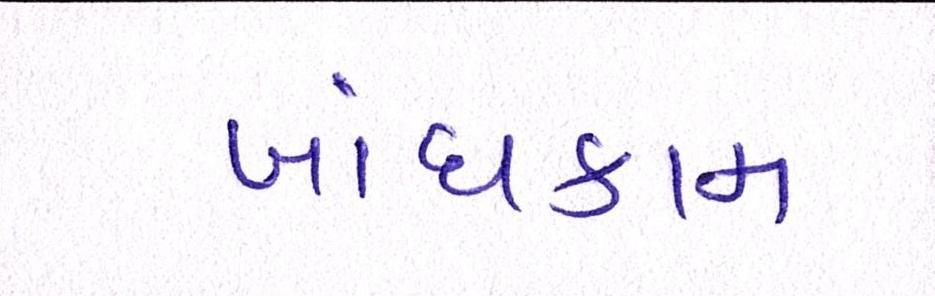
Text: બાંધકામ